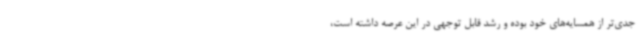
جدی‌تر از همسایه‌های خود بوده و رشد قابل توجهی در این عرصه داشته است،